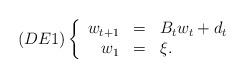
LaTeX: \begin{align*}(DE1)\left\{\begin{array}{rcl}w_{t+1} & = & B_t w_t + d_t\\w_1 & = & \xi.\end{array}\right.\end{align*}